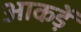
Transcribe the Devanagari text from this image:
आकड़ें